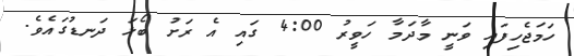
ހަމަޖެހިފައި ވަނީ މާދަމާ ހަވީރު 4:00 ގައި އެ ރަށު ބޯޅަ ދަނޑުގައެވެ.